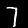
Digit: 7